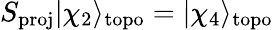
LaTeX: S_{\mathrm{proj}}|\chi_{2}\rangle_{\mathrm{topo}}=|\chi_{4}\rangle_{\mathrm{topo}}